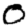
Digit: 0